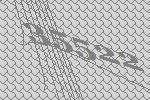
35522